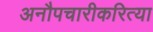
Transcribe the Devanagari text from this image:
अनौपचारीकरित्या